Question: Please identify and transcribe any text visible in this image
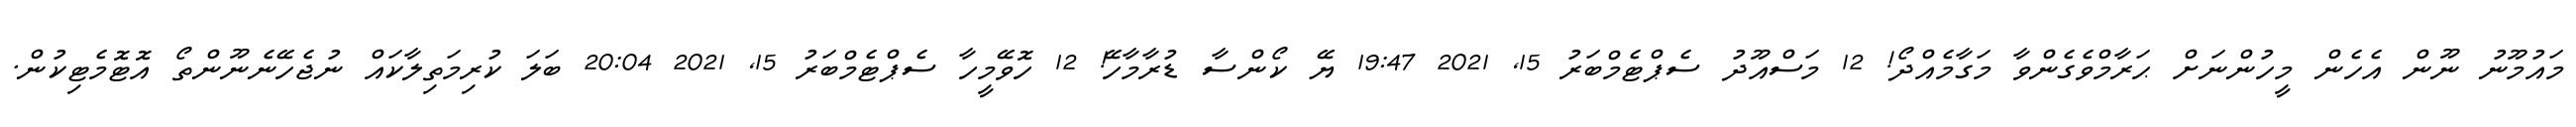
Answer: މައުމޫނު ނޫން އެހެން މީހުންނަށް ޙަރާމްވެގެންވާ މަގާމެއްދޯ! 12 މަސްއޫދު ސެޕްޓެމްބަރު 15, 2021 19:47 ޔޭ ކޯންސާ ޑުރާމާހޭ! 12 ހޮވޭމީހާ ސެޕްޓެމްބަރު 15, 2021 20:04 ބަލަ ކުރިމަތިލާކައް ނުޖެހޭނެނޫންތޯ އޮޓޮމެޓިކުން.